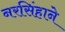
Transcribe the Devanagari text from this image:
नरसिंहाने